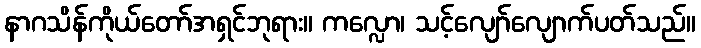
နာဂသိန်ကိုယ်တော်အရှင်ဘုရား။ ကလ္လော၊ သင့်လျော်လျောက်ပတ်သည်။